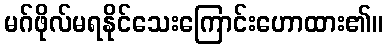
မဂ်ဖိုလ်မရနိုင်သေးကြောင်းဟောထား၏။